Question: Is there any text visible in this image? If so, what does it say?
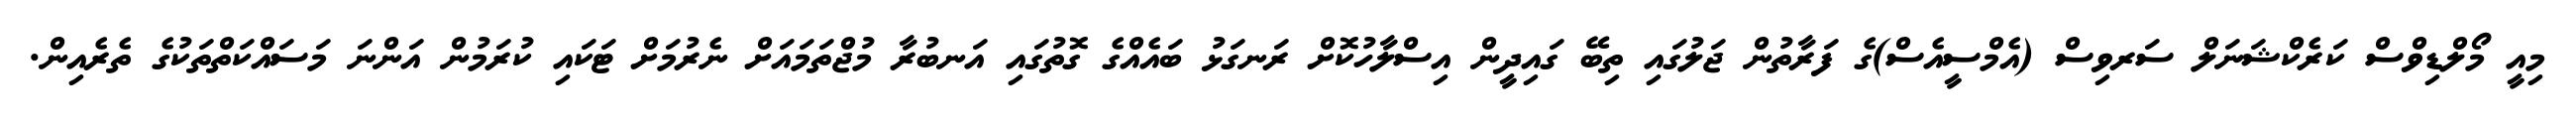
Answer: މިއީ މޯލްޑިވްސް ކަރެކްޝަނަލް ސަރވިސް (އެމްސީއެސް)ގެ ފަރާތުން ޖަލުގައި ތިބޭ ގައިދީން އިސްލާހުކޮށް ރަނގަޅު ބައެއްގެ ގޮތުގައި އަނބުރާ މުޖްތަމައަށް ނެރުމަށް ޓަކައި ކުރަމުން އަންނަ މަސައްކަތްތަކުގެ ތެރެއިން.